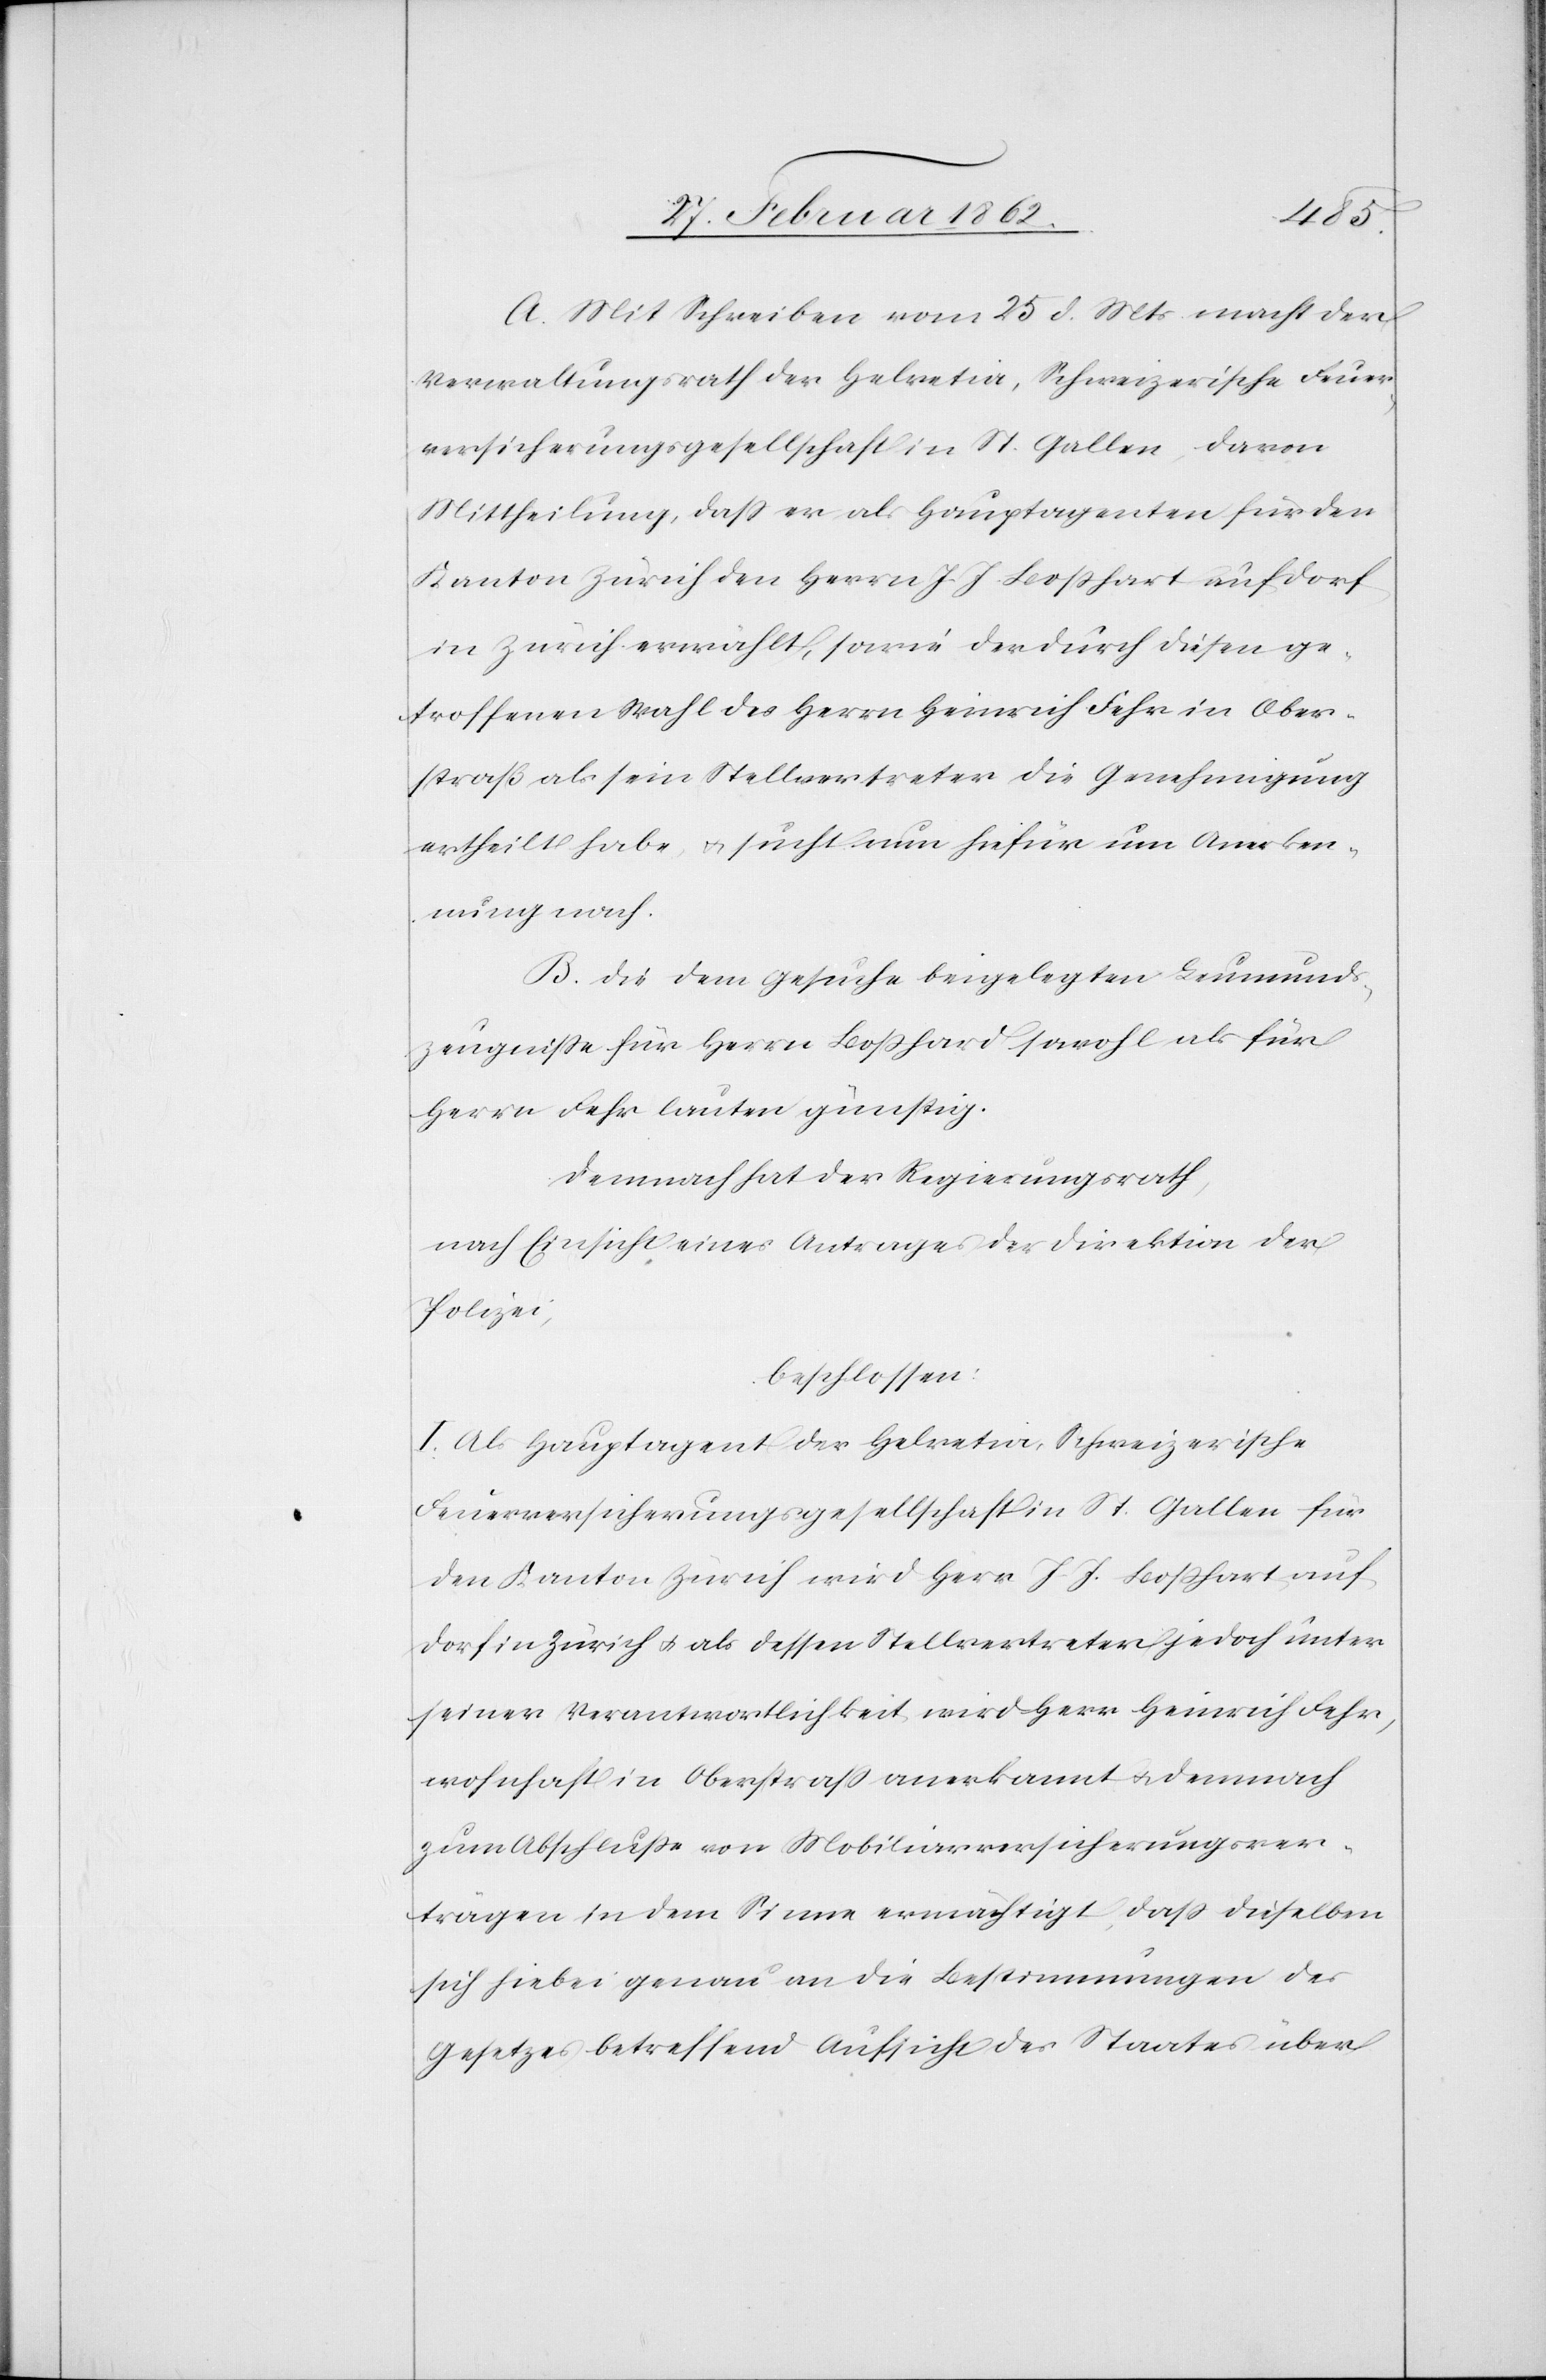
A. Mit Schreiben vom 25 d. Mts. macht der
Verwaltungsrath der Helvetia, Schweizerische Feuer¬
versicherungsgesellschaft in St. Gallen, davon
Mittheilung, daß er als Hauptagenten für den
Kanton Zürich den Herrn J. J. Boßhart auf Dorf
in Zürich erwählt, sowie der durch diesen ge¬
troffenen Wahl des Herrn Heinrich Fehr in Ober¬
straß als sein Stellvertreter die Genehmigung
ertheilt habe, u. sucht nun hiefür um Anerken¬
nung nach.
B. Die dem Gesuche beigelegten Leumunds¬
zeugniße für Herrn Boßhard [sic!] sowohl als für
Herrn Fehr lauten günstig.
Demnach hat der Regierungsrath,
nach Einsicht eines Antrages der Direktion der
Polizei,
beschlossen:
I. Als Hauptagent der Helvetia, Schweizerische
Feuerversicherungsgesellschaft in St. Gallen für
den Kanton Zürich wird Herr J. J. Boßhart auf
Dorf in Zürich u. als dessen Stellvertreter jedoch unter
seiner Verantwortlichkeit wird Herr Heinrich Fehr,
wohnhaft in Oberstraß anerkannt u. demnach
zum Abschluße von Mobiliarversicherungsver¬
trägen in dem Sinne ermächtigt, daß dieselben
sich hiebei genau an die Bestimmungen des
Gesetzes betreffend Aufsicht des Staates über